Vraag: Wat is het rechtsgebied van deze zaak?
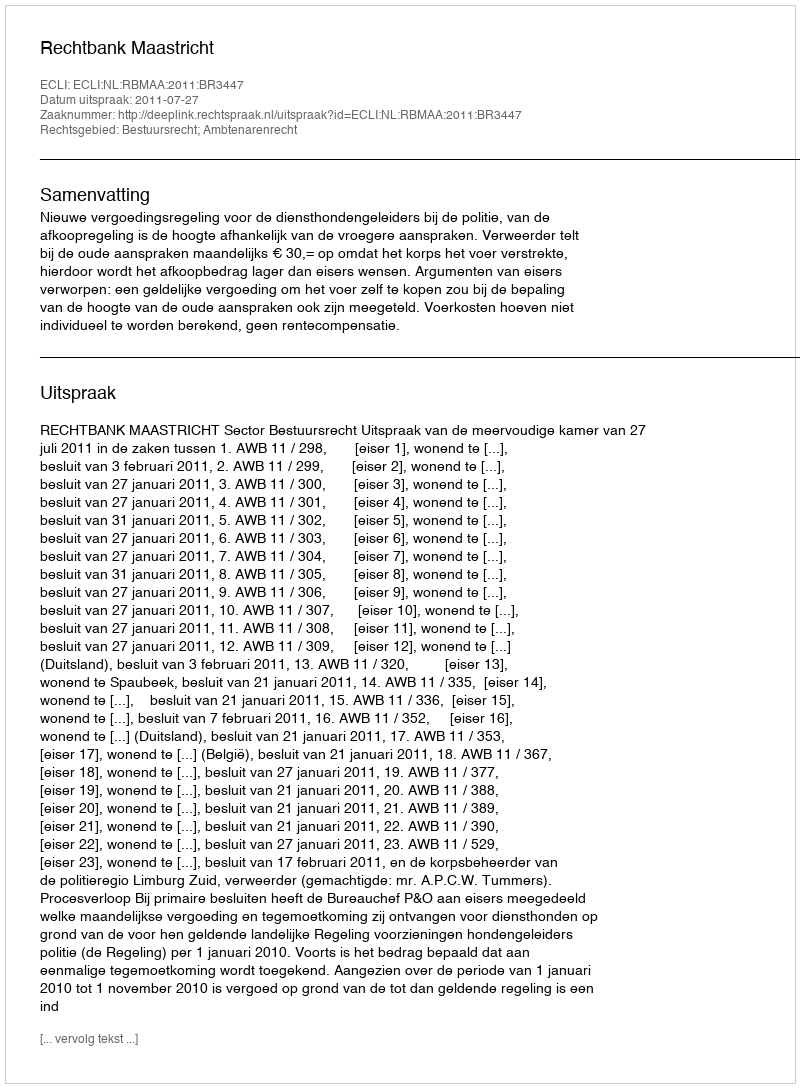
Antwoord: Bestuursrecht; Ambtenarenrecht